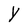
Character: Y